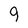
Character: 9